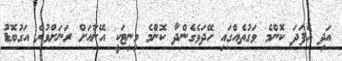
އަދި އެފަދަ ކޮންމެ ވަގުތެއްގައި ހޭދަވެގެންދާ ކޮންމެ މިނިޓަކީ އޭނާއަށް ރަނަށްވުރެ އަގުބޮޑު